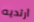
أرتديه